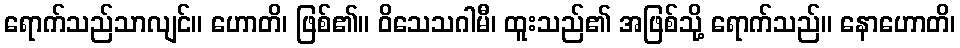
ရောက်သည်သာလျင်။ ဟောတိ၊ ဖြစ်၏။ ဝိသေသဂါမီ၊ ထူးသည်၏ အဖြစ်သို့ ရောက်သည်။ နောဟောတိ၊